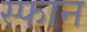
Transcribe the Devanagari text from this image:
स्फान